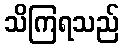
သိကြရသည်